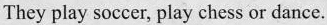
They play soccer, play chess or dance.